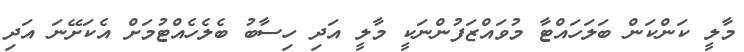
މާލީ ކަންކަން ބަލަހައްޓާ މުވައްޒަފުންނަކީ މާލީ އަދި ހިސާބު ބެލެހެއްޓުމަށް އެކަށޭނަ އަދި